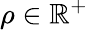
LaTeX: \rho\in\mathbb{R}^{+}